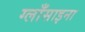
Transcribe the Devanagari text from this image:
ग्लाँसाइना